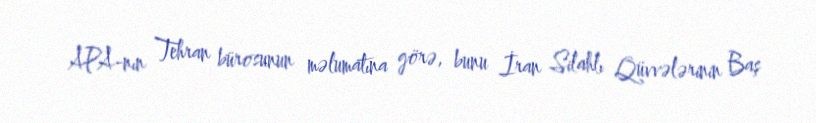
APA-nın Tehran bürosunun məlumatına görə, bunu İran Silahlı Qüvvələrinin Baş